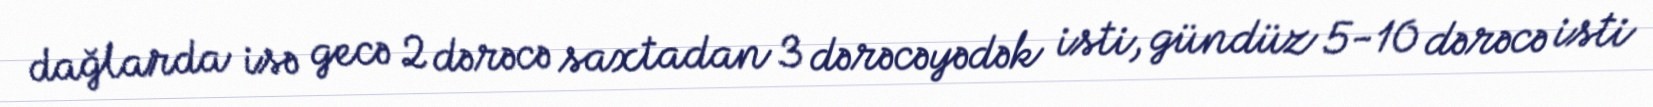
dağlarda isə gecə 2 dərəcə saxtadan 3 dərəcəyədək isti, gündüz 5-10 dərəcə isti